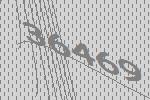
36469